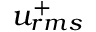
u _ { r m s } ^ { + }